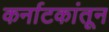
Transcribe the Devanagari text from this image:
कर्नाटकांतून